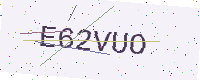
Text: E62VUO